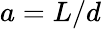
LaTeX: a=L/d